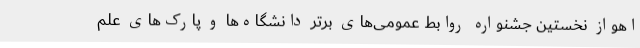
اهواز نخستین جشنواره روابط عمومی‌های برتر دانشگاه‌ها و پارک‌های علم